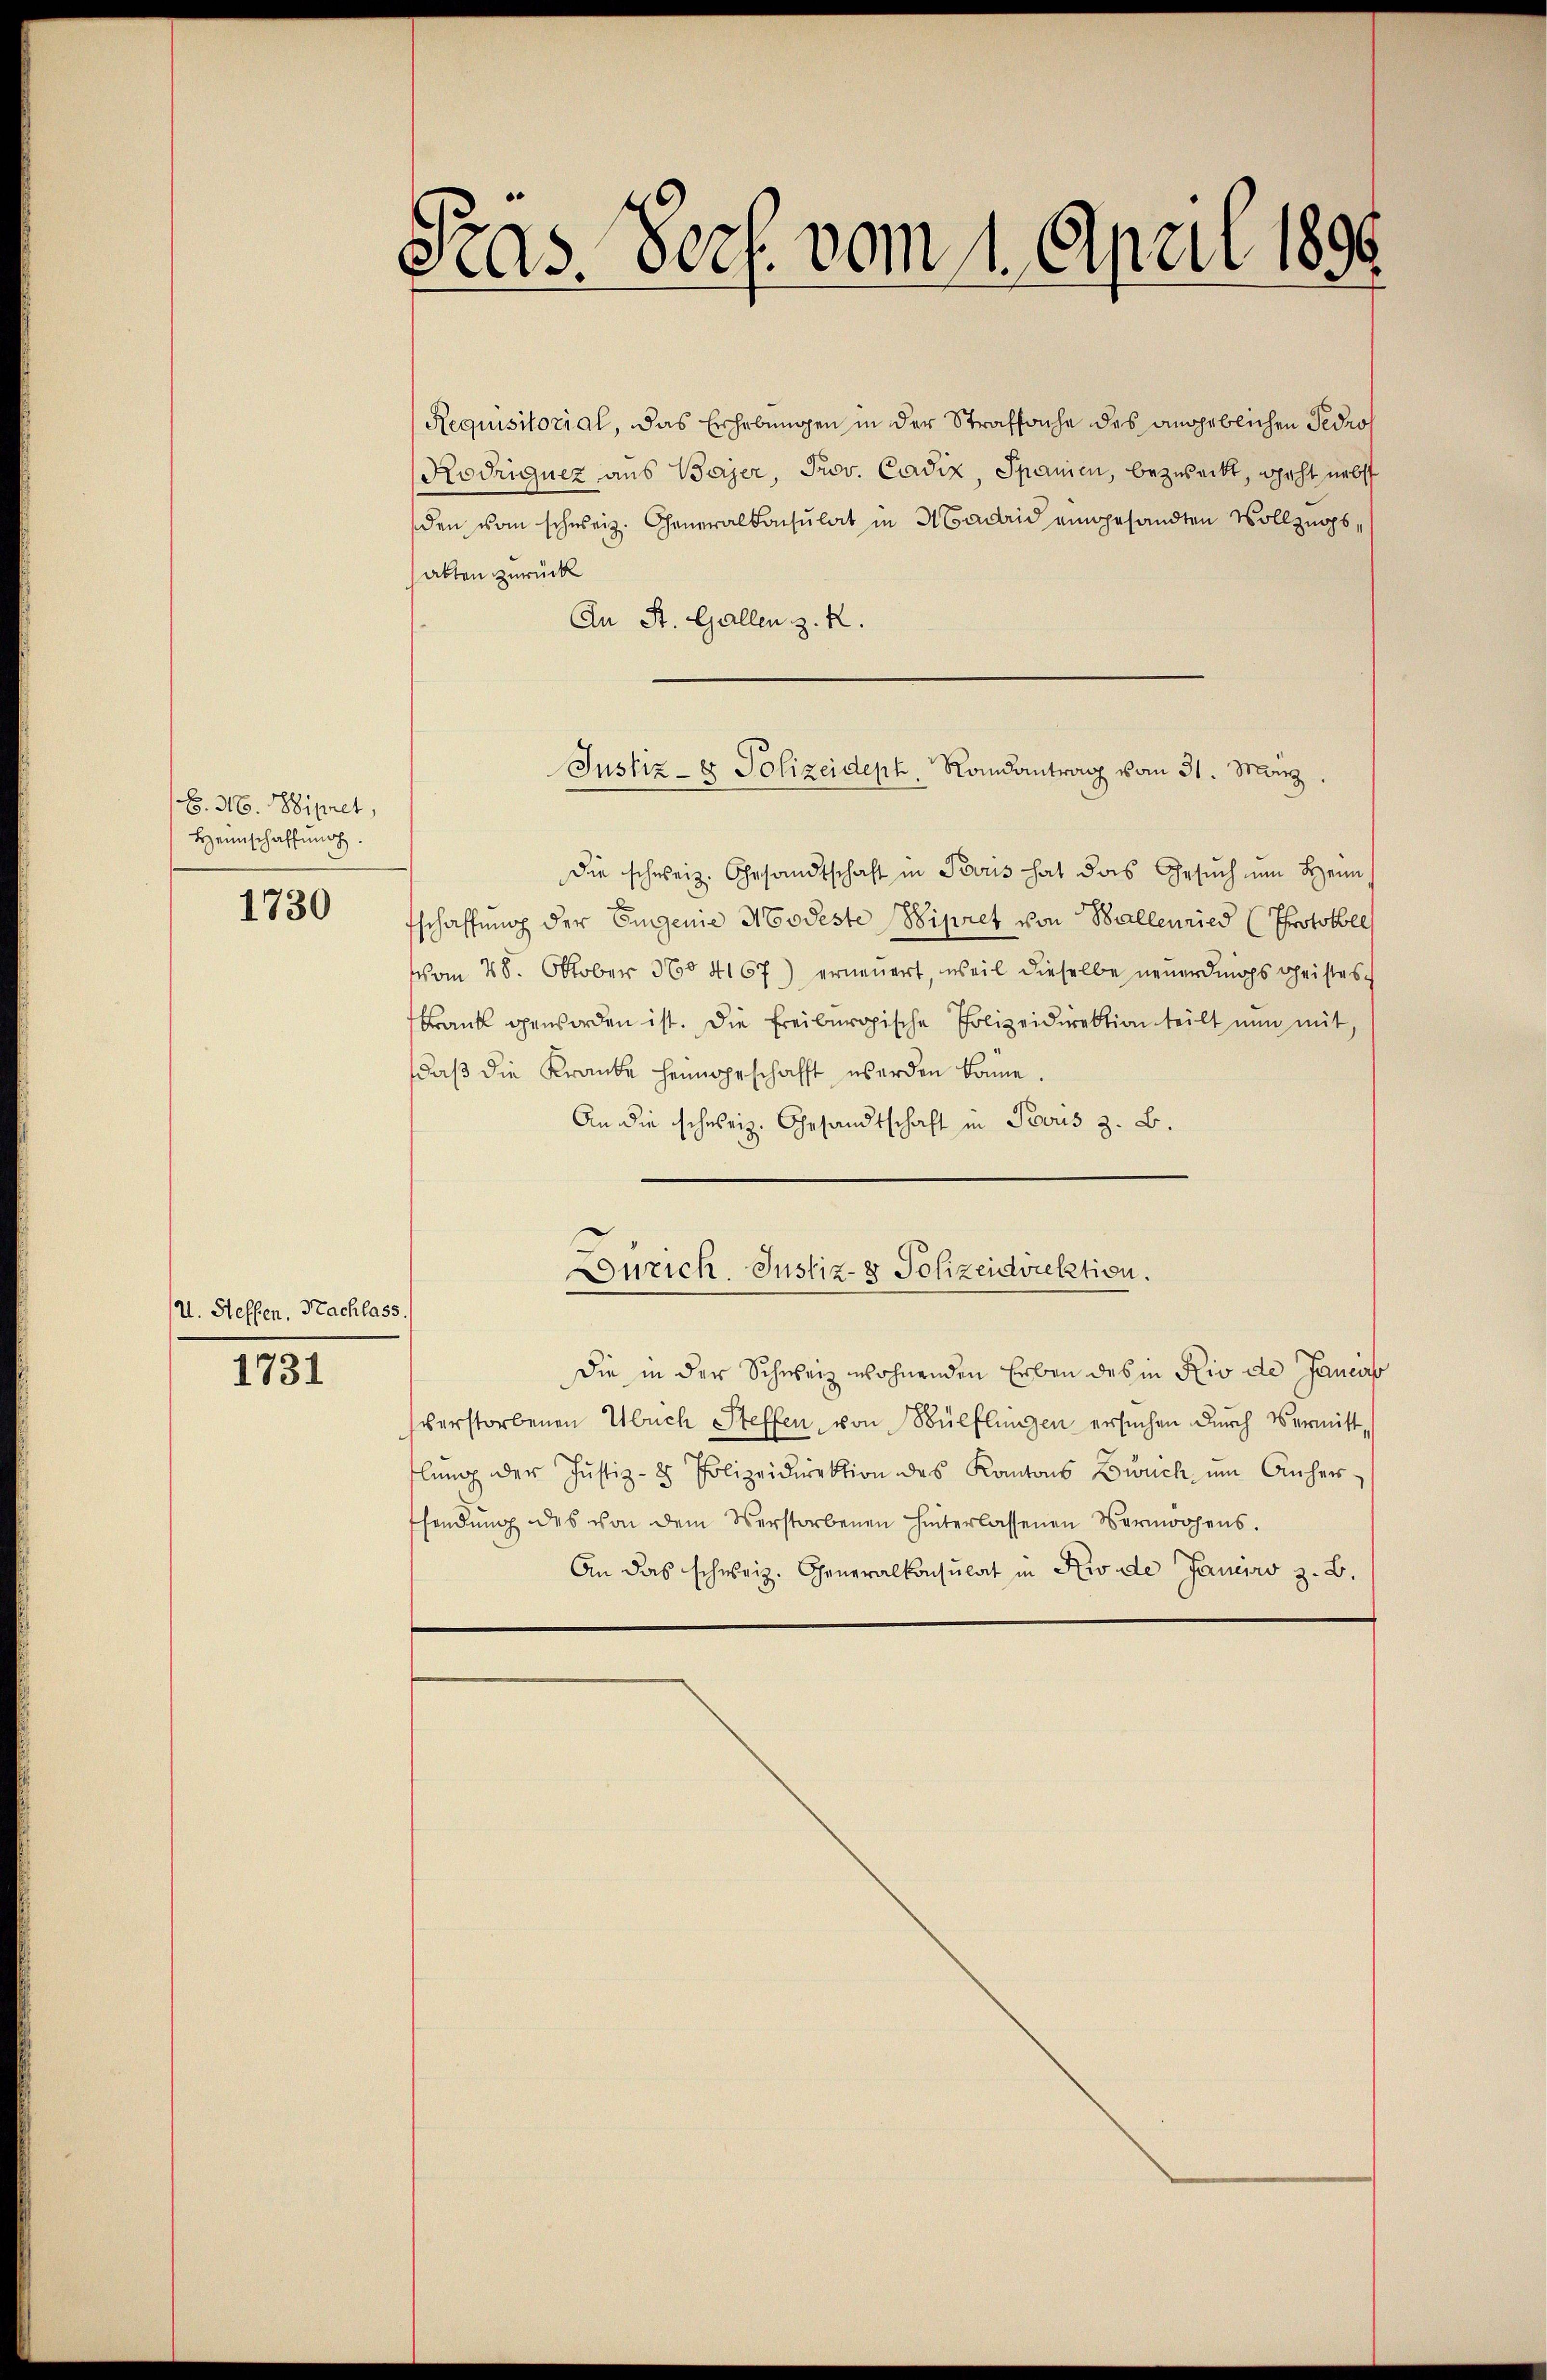
B. 96. Sipret,
Heimschaffung.

1730

U. Steffen, Nachlass

1731

Pras. Porf. vom 1. April 1890

Requisitorial, das Erhebungen in der Strafsache des angeblichen Pedro
Kodriguez aus Bayer, Prov. Cadiz, Spanien, bezweckt, geht nebst
den vom schweiz. Generalkonsulat in Madrid eingesandten Vollzugsabten zurück
An St. Gallen z. R.
die schweiz. Gesandtschaft in Paris hat das Gesŭch ŭm Heim,
schaffung der Eugenie Modeste Wipret von Ballenried (Protokolls
vom 28. Oktober 1604167) erneuert, weil dieselbe neuerdings Geistes
Krank geworden ist. Die Freiburgische Polizeidirektion teilt nun mit
daß die Kranke heimgeschafft werden könne
An die schweiz. Gesandtschaft in Perus z. B.
urich. Justiz- & Polizeidirektion.
Die in der Schweiz wohnenden Erben des in Rio de Janci
verstorbenen Ubuch Steffen, von Wülflingen ersuchen durch Vermitt
lŭng der Justiz- & Polizeidirektion des Kantons Bruch um Anher
sendung des von dem Verstorbenen hinterlassenen Vermögens.
An das schweiz. Generalkonsulat in Rio de Janeiro z. B.

Justiz- & Polizeideph Randantrag vom 31. März.